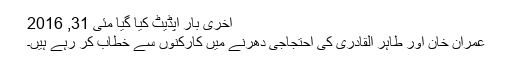
آخری بار اپڈیٹ کیا گیا مئی 31, 2016
عمران خان اور طاہر القادری کی احتجاجی دھرنے میں کارکنوں سے خطاب کر رہے ہیں۔